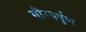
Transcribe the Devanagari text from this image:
गौरवर्पूण